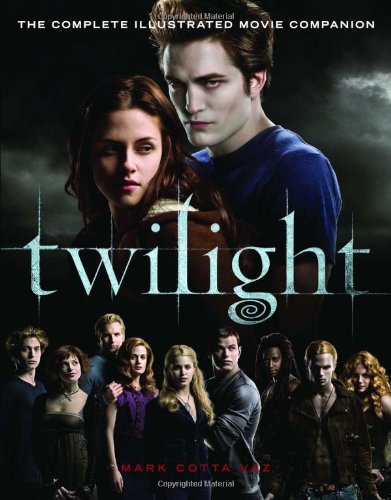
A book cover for Twilight: The Complete Illustrated Movie Companion; Mark Cotta Vaz; Teen & Young Adult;